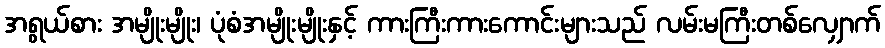
အရွယ်စား အမျိုးမျိုး၊ ပုံစံအမျိုးမျိုးနှင့် ကားကြီးကားကောင်းများသည် လမ်းမကြီးတစ်လျှောက်